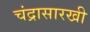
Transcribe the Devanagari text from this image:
चंद्रासारखी